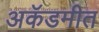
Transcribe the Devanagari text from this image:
अकॅडमीत